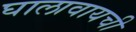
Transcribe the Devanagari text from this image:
घालावायची